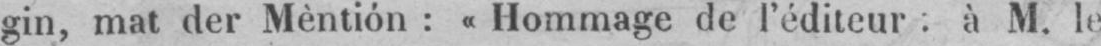
gin, mat der Mèntión: «Hommage de l’éditeur: à M. le